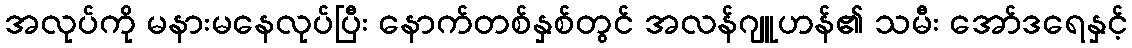
အလုပ်ကို မနားမနေလုပ်ပြီး နောက်တစ်နှစ်တွင် အလန်ဂျူဟန်၏ သမီး အော်ဒရေနှင့်